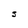
Character: S